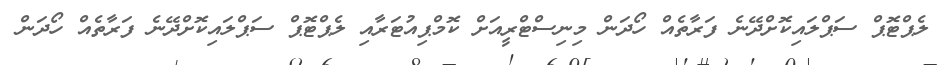
ލެޕްޓޮޕް ސަޕްލައިކޮށްދޭނެ ފަރާތެއް ހޯދަން މިނިސްޓްރީއަށް ކޮމްޕިއުޓަރާއި ލެޕްޓޮޕް ސަޕްލައިކޮށްދޭނެ ފަރާތެއް ހޯދަން